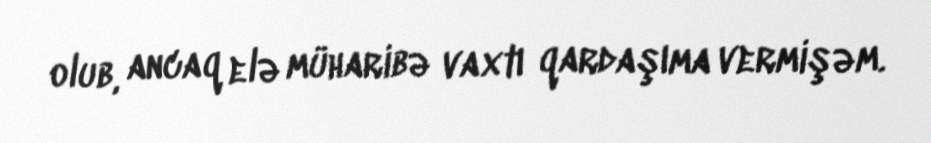
olub, ancaq elə müharibə vaxtı qardaşıma vermişəm.